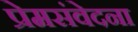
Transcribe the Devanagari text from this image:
प्रेमसंवेदना